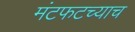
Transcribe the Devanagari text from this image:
मंटफटच्याच